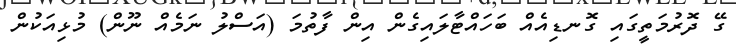
ގޭ ދޮރުމަތީގައި ގޮނޑިއެއް ބަހައްޓާލައިގެން އިން ފާތުމަ (އަސްލު ނަމެއް ނޫން) މުޅިއަކުން